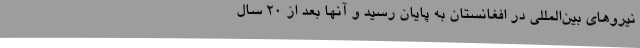
نیروهای بین‌المللی در افغانستان به پایان رسید و آنها بعد از ۲۰ سال